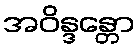
အဝိန္ဒန္တော